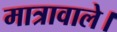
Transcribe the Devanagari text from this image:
मात्रावाले।